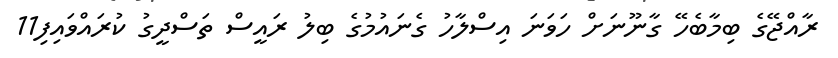
ރާއްޖޭގެ ބިމާބެހޭ ގާނޫނަށް ހަވަނަ އިސްލާހު ގެނައުމުގެ ބިލު ރައީސް ތަސްދީގު ކުރައްވައިފި11